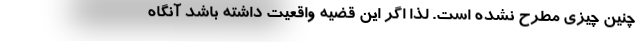
چنین چیزی مطرح نشده است. لذا اگر این قضیه واقعیت داشته باشد آنگاه